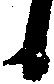
候